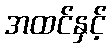
အထင်နှင့်